Lunatic asylums Madras 1892-1911 - 1892-1911
Year: 1892
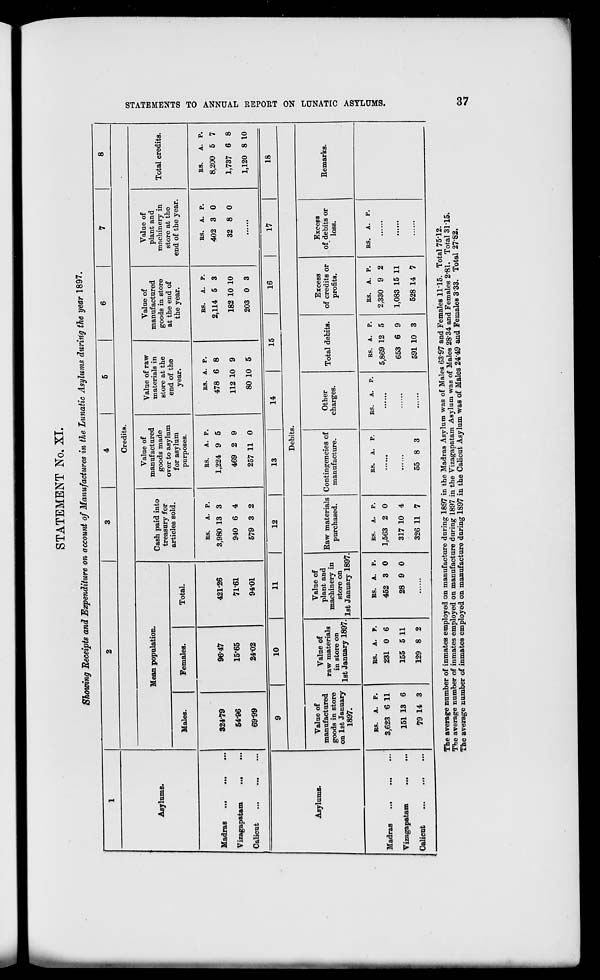
STATEMENT No. XL
Showing Receipts and Expenditure on account of Manufactures in the Lunatic Asylums duririg the year 1897.
Asylums.
4
Credits.
Mean population.
Males.
Females.
Madras
Vizagapatam
Calicut
324-79
54-96
6999
96-47
15-65
24-02
Total.
421-26
7161
94-01
Cash paid into
treasury for
articles sold.
Value of
manufactured
goods made
over to asylum
for asylum
purposes.
Value of raw
materials in
store at the
end of the
year.
Value of
manufactured
goods in store
at the end of
the year.
RS.
A. p.
3,980 13 3
940 6 4
579 3 2
ES.
A. P.
1,224 9 5
469 2 9
257 11 0
RS. A. P.
478 6 8
112 10 9
80 10 5
RS.
A. P.
2,114 5 3
182 10 10
203 0 3
Value of
plant and
machinery in
store at the
end of the year.
RS. A. P.
402 3 0
32 8 0
Total credits.
RS.
A. P.
8,200 5 7
1,737 6 8
1,120 8 10
OQ
i-3
>
t-3
UI
Hi
o
>
a
>
w
El
o
W
H3
O
52!
c*
a
>
I—I
Q
>
GO
*
f
a
3
Asylums.
10
11
12
13
14
15
16
17
Debits.
Value of
manufactured
goods in store
on 1st January
1897.
Value of
raw materials
in store on
1st January 1897.
Value of
plant and
machinery in
store on
1st January 1897.
Raw materials
purchased.
Contingencies of
manufacture.
Other
charges.
Total debits.
Excess
of credits or
profits.
Excess
of debits or
loss.
18
Remarks.
Madras
...
Vizagapatam
Calicut
RS.
A. P.
3,623 6 11
151 13 6
79 14 3
RS. A. P.
231 0 6
155 5 11
129 8 2
RS. A. P.
452 3 0
28 9 0
RS. A. P.
1,563 2 0
317 10 4
326 11 7
RS.
P.
55 8 3
RS.
P.
RS. A. P.
5,869 12 5
653 6 9
591 10 3
RS. A. P.
2,330 9 2
1,083 15 11
528 14 7
RS.
The average number of inmates employed on manufacture during 1897 in the Madras Asylum was of Males 6397 and Females 11*15. Total 75-12.
The average number of inmates employed on manufacture during 1897 in the Vizagapatam Asylum was of Males 28 - 34 and Females 2*81. Total 31-15.
The average number of inmates employed on manufacture during 1897 in the Calicut Asylum was of Males 24"49 and Females 3 - 33. Total 27'82.
CO
•si